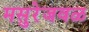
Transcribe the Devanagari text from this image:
मसुरेजवळ